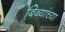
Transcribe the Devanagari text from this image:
बिब्यांच्या